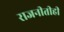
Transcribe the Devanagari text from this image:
राजनीतीही